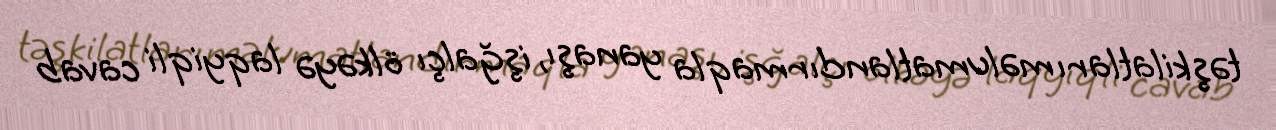
təşkilatları məlumatlandırmaqla yanaşı, işğalçı ölkəyə laqyiqli cavab